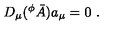
D _ { \mu } ( ^ { \phi } \bar { A } ) a _ { \mu } = 0 \ .